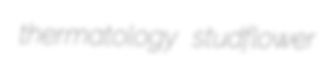
thermatology studflower